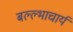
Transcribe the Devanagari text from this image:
बल्ल्भाचार्य